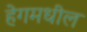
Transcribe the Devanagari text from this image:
हेगमधील